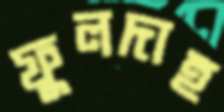
ফুলদাহ